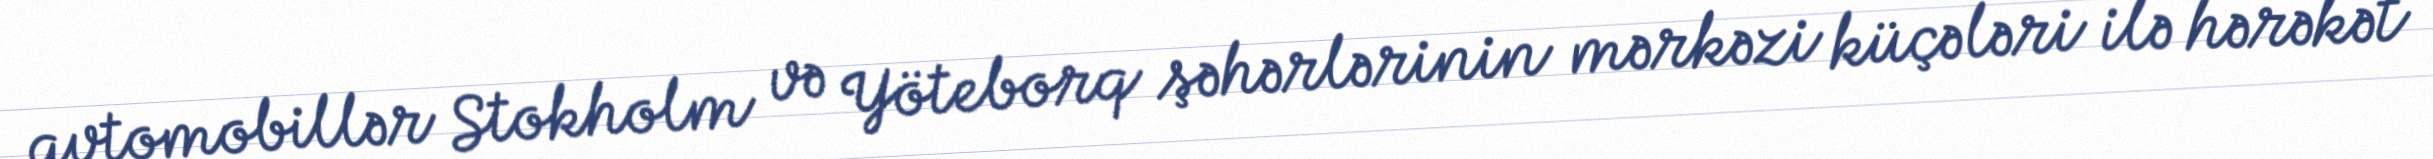
avtomobillər Stokholm və Yöteborq şəhərlərinin mərkəzi küçələri ilə hərəkət